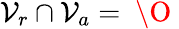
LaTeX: \mathcal{V}_{r}\cap\mathcal{V}_{a}=\mathrm{~\O~}